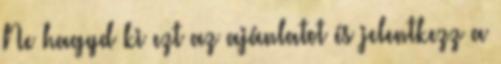
Ne hagyd ki ezt az ajánlatot és jelentkezz a